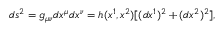
\begin{array} { r } { d s ^ { 2 } = g _ { \mu \nu } d x ^ { \mu } d x ^ { \nu } = h ( x ^ { 1 } , x ^ { 2 } ) [ ( d x ^ { 1 } ) ^ { 2 } + ( d x ^ { 2 } ) ^ { 2 } ] , } \end{array}